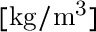
\mathrm { [ k g / m ^ { 3 } ] }